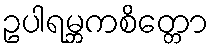
ဥပါရမ္ဘကစိတ္တော